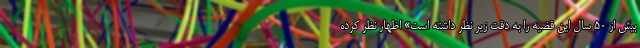
بیش از 50 سال این قضیه را به دقت زیر نظر داشته است» اظهار نظر کرده